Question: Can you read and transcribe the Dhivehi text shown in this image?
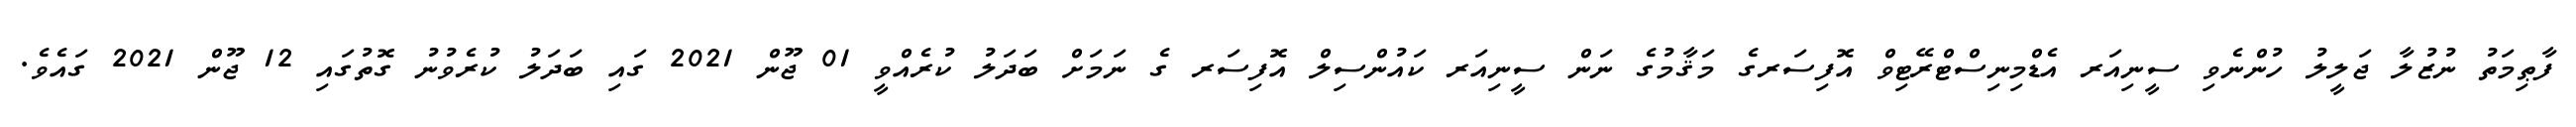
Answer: ފާޠިމަތު ނުޒުލާ ޖަލީލު ހުންނެވި ސީނިއަރ އެޑްމިނިސްޓްރޭޓިވް އޮފިސަރގެ މަޤާމުގެ ނަން ސީނިއަރ ކައުންސިލް އޮފިސަރ ގެ ނަމަށް ބަދަލު ކުރެއްވީ 01 ޖޫން 2021 ގައި ބަދަލު ކުރެވުނު ގޮތުގައި 12 ޖޫން 2021 ގައެވެ.